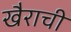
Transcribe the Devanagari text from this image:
खैराची